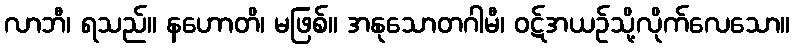
လာဘီ၊ ရသည်။ နဟောတိ၊ မဖြစ်။ အနုသောတဂါမီ၊ ဝဋ်အယဉ်သို့လိုက်လေသော။